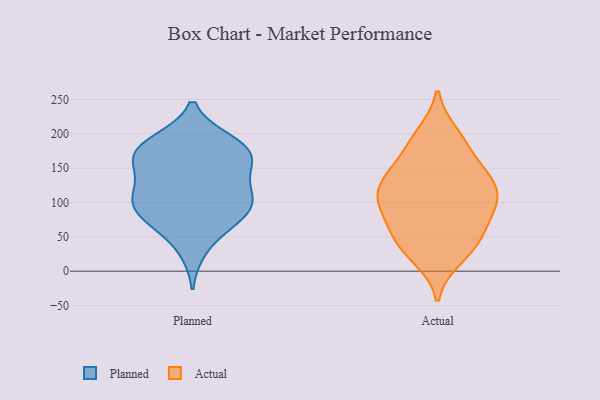
{"axis": {"x": "Production Output", "y": "Value"}, "legend": ["Actual", "Planned"], "data": [{"x": "", "y": 187, "type": "Planned"}, {"x": "", "y": 77, "type": "Planned"}, {"x": "", "y": 151, "type": "Planned"}, {"x": "", "y": 108, "type": "Planned"}, {"x": "", "y": 169, "type": "Planned"}, {"x": "", "y": 89, "type": "Planned"}, {"x": "", "y": 190, "type": "Planned"}, {"x": "", "y": 30, "type": "Planned"}, {"x": "", "y": 67, "type": "Planned"}, {"x": "", "y": 167, "type": "Planned"}, {"x": "", "y": 97, "type": "Planned"}, {"x": "", "y": 173, "type": "Planned"}, {"x": "", "y": 112, "type": "Planned"}, {"x": "", "y": 107, "type": "Planned"}, {"x": "", "y": 71, "type": "Planned"}, {"x": "", "y": 155, "type": "Planned"}, {"x": "", "y": 111, "type": "Planned"}, {"x": "", "y": 189, "type": "Planned"}, {"x": "", "y": 143, "type": "Planned"}, {"x": "", "y": 40, "type": "Actual"}, {"x": "", "y": 148, "type": "Actual"}, {"x": "", "y": 20, "type": "Actual"}, {"x": "", "y": 58, "type": "Actual"}, {"x": "", "y": 122, "type": "Actual"}, {"x": "", "y": 144, "type": "Actual"}, {"x": "", "y": 105, "type": "Actual"}, {"x": "", "y": 104, "type": "Actual"}, {"x": "", "y": 94, "type": "Actual"}, {"x": "", "y": 41, "type": "Actual"}, {"x": "", "y": 147, "type": "Actual"}, {"x": "", "y": 102, "type": "Actual"}, {"x": "", "y": 193, "type": "Actual"}, {"x": "", "y": 129, "type": "Actual"}, {"x": "", "y": 185, "type": "Actual"}, {"x": "", "y": 116, "type": "Actual"}, {"x": "", "y": 76, "type": "Actual"}, {"x": "", "y": 69, "type": "Actual"}, {"x": "", "y": 199, "type": "Actual"}, {"x": "", "y": 29, "type": "Actual"}]}